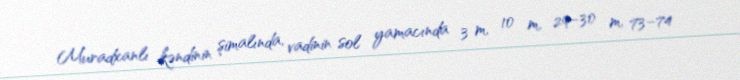
Muradxanlı kəndinin şimalında, vadinin sol yamacında 3 m, 10 m, 29–30 m, 73–74